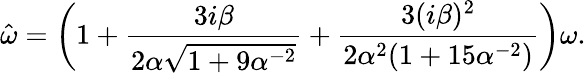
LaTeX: \hat{\omega}=\left(1+\frac{3i\beta}{2\alpha\sqrt{1+9\alpha^{-2}}}+\frac{3(i\beta)^{2}}{2\alpha^{2}(1+15\alpha^{-2})}\right)\omega.